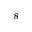
^ 8